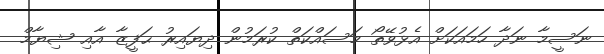
ނަސީމާ ނަދާ ހަމައަކަށް އެޅުވޭތޯ މަސައްކަތް ކުރަމުން ދިޔައިރު ޙަފީޒާ އާއި ޝިޔާމް